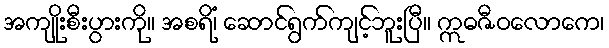
အကျိုးစီးပွားကို။ အစရိံ၊ ဆောင်ရွက်ကျင့်ဘူးပြီ။ ဣဓဇီဝလောကေ၊